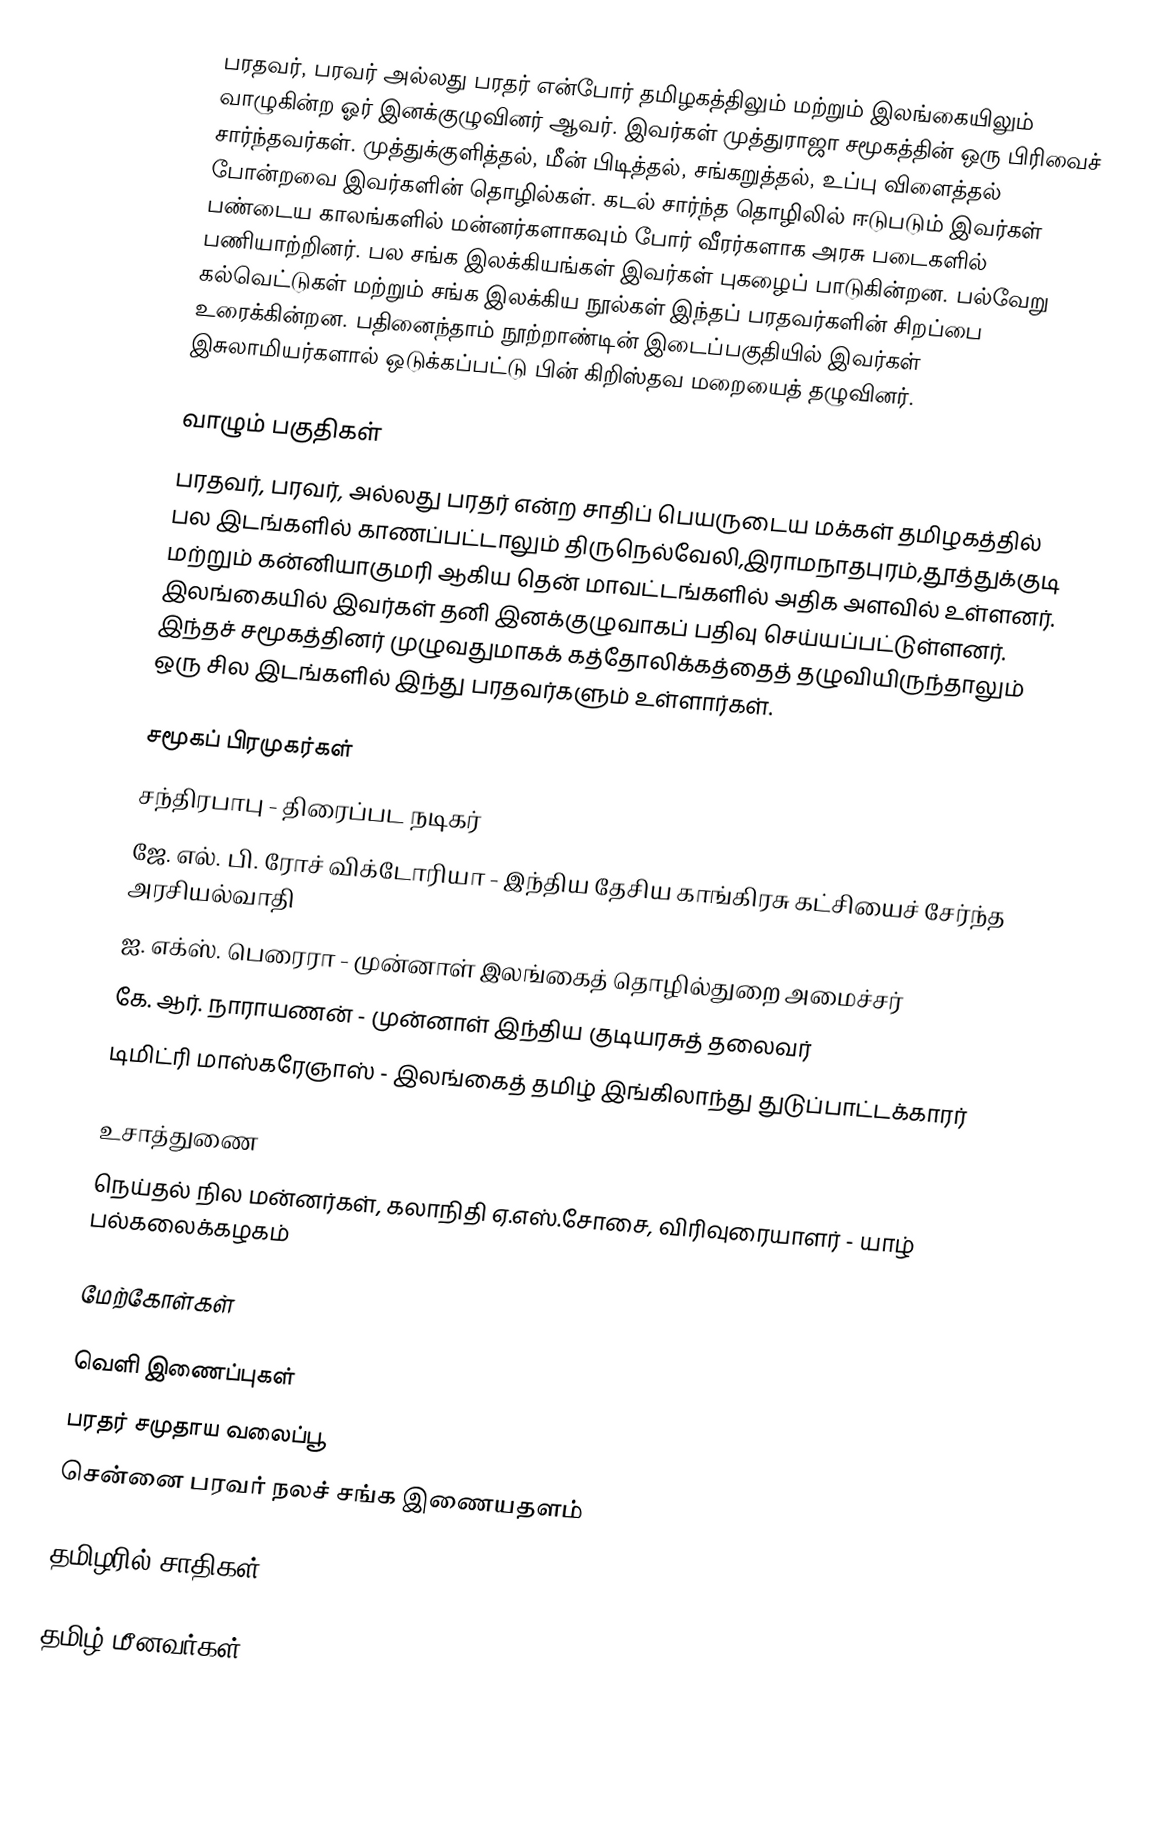
பரதவர், பரவர் அல்லது பரதர் என்போர் தமிழகத்திலும் மற்றும் இலங்கையிலும் வாழுகின்ற ஓர் இனக்குழுவினர் ஆவர். இவர்கள் முத்துராஜா சமூகத்தின் ஒரு பிரிவைச் சார்ந்தவர்கள். முத்துக்குளித்தல், மீன் பிடித்தல், சங்கறுத்தல், உப்பு விளைத்தல் போன்றவை இவர்களின் தொழில்கள். கடல் சார்ந்த தொழிலில் ஈடுபடும் இவர்கள் பண்டைய காலங்களில் மன்னர்களாகவும் போர் வீரர்களாக அரசு படைகளில் பணியாற்றினர். பல சங்க இலக்கியங்கள் இவர்கள் புகழைப் பாடுகின்றன. பல்வேறு கல்வெட்டுகள் மற்றும் சங்க இலக்கிய நூல்கள் இந்தப் பரதவர்களின் சிறப்பை உரைக்கின்றன. பதினைந்தாம் நூற்றாண்டின் இடைப்பகுதியில் இவர்கள் இசுலாமியர்களால் ஒடுக்கப்பட்டு பின் கிறிஸ்தவ மறையைத் தழுவினர்.

வாழும் பகுதிகள்
பரதவர், பரவர், அல்லது பரதர் என்ற சாதிப் பெயருடைய மக்கள் தமிழகத்தில் பல இடங்களில் காணப்பட்டாலும் திருநெல்வேலி,இராமநாதபுரம்,தூத்துக்குடி மற்றும் கன்னியாகுமரி ஆகிய தென் மாவட்டங்களில் அதிக அளவில் உள்ளனர். இலங்கையில் இவர்கள் தனி இனக்குழுவாகப் பதிவு செய்யப்பட்டுள்ளனர். இந்தச் சமூகத்தினர் முழுவதுமாகக் கத்தோலிக்கத்தைத் தழுவியிருந்தாலும் ஒரு சில இடங்களில் இந்து பரதவர்களும் உள்ளார்கள்.

சமூகப் பிரமுகர்கள்
 சந்திரபாபு - திரைப்பட நடிகர்
 ஜே. எல். பி. ரோச் விக்டோரியா - இந்திய தேசிய காங்கிரசு கட்சியைச் சேர்ந்த அரசியல்வாதி
 ஐ. எக்ஸ். பெரைரா -   முன்னாள் இலங்கைத் தொழில்துறை அமைச்சர் 
 கே. ஆர். நாராயணன் - முன்னாள் இந்திய குடியரசுத் தலைவர்
 டிமிட்ரி மாஸ்கரேஞாஸ் - இலங்கைத் தமிழ் இங்கிலாந்து துடுப்பாட்டக்காரர்

உசாத்துணை
 நெய்தல் நில மன்னர்கள், கலாநிதி ஏ.எஸ்.சோசை, விரிவுரையாளர் - யாழ் பல்கலைக்கழகம்

மேற்கோள்கள்

வெளி இணைப்புகள்
 பரதர் சமுதாய வலைப்பூ
 சென்னை பரவர் நலச் சங்க இணையதளம்

தமிழரில் சாதிகள்

தமிழ் மீனவர்கள்